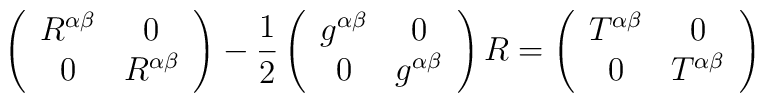
\left(\begin{array}{cc}R^{\alpha\beta}&0\\0&R^{\alpha\beta}\end{array}\right)- \frac{1}{2}\left(\begin{array}{cc}g^{\alpha\beta}&0\\0&g^{\alpha\beta}\end{array}\right)R = \left(\begin{array}{cc}T^{\alpha\beta}&0\\0&T^{\alpha\beta}\end{array}\right)